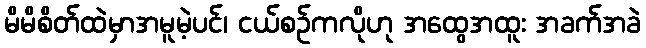
မိမိစိတ်ထဲမှာအမူမဲ့ပင်၊ ငယ်စဉ်ကလိုဟု အထွေအထူး အခက်အခဲ